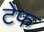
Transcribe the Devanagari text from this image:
टेफ